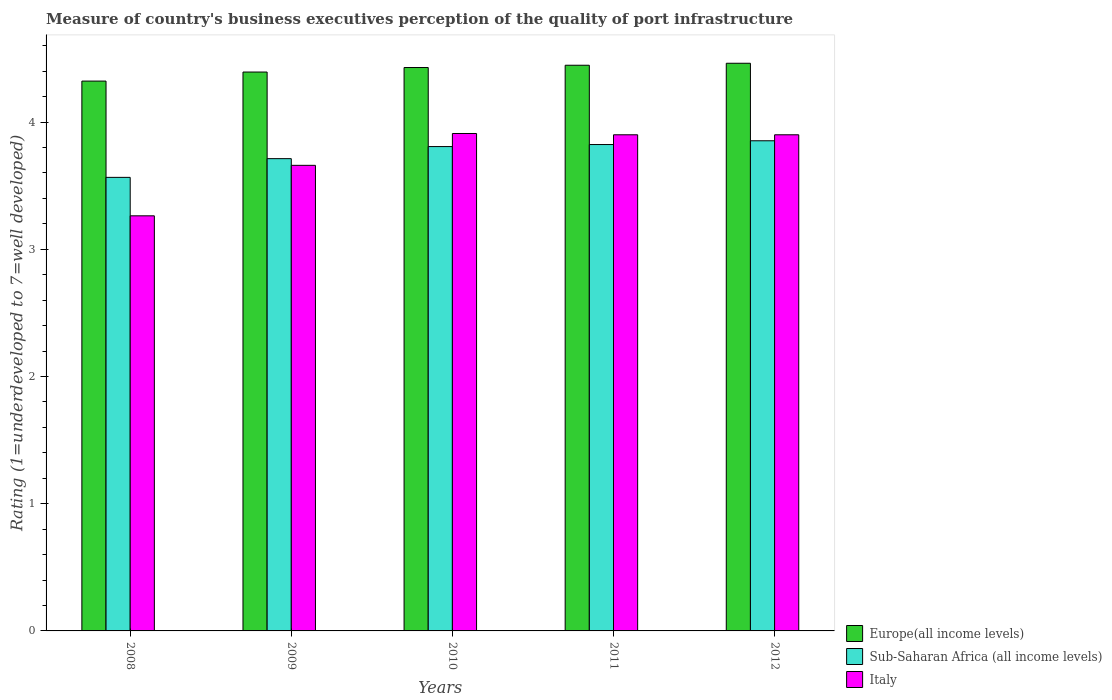
| Years | Europe(all income levels) | Sub-Saharan Africa (all income levels) | Italy |
 | --- | --- | --- | --- |
 | 2008 | 4.32 | 3.57 | 3.26 |
 | 2009 | 4.39 | 3.71 | 3.66 |
 | 2010 | 4.43 | 3.81 | 3.91 |
 | 2011 | 4.45 | 3.82 | 3.9 |
 | 2012 | 4.46 | 3.85 | 3.9 |